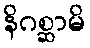
နိဂစ္ဆာမိ